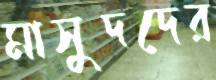
মাসুদদের